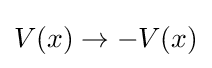
V(x)\rightarrow -V(x)